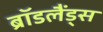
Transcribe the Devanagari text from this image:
ब्रॉडलैंड्स